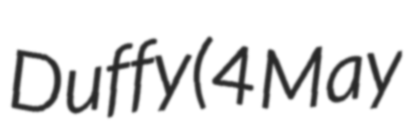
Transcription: Duffy (4 May